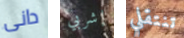
دانى إشربي تنتقلي